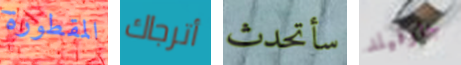
المقطورة أترجاك سأتحدث جارفيلد